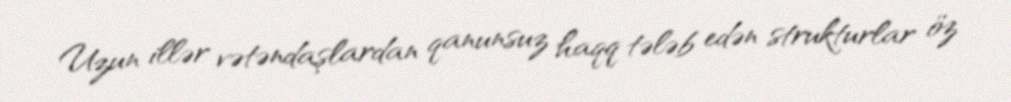
Uzun illər vətəndaşlardan qanunsuz haqq tələb edən strukturlar öz